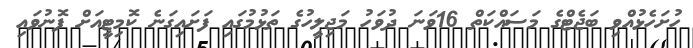
ހުށަހެޅުއްވި ބަޖެޓްގެ މަސައްކަތް 16ވަނަ ދުވަހު މަޖިލީހުގެ ތަޅުމުގައި ފަށައިގަނެ ކޮމިޓީއަށް ފޮނުވައި